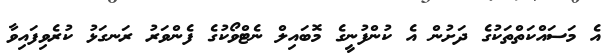
އެ މަސައްކަތްތަކުގެ ދަށުން އެ ކުންފުނީގެ މޮބައިލް ނެޓްވޯކުގެ ފެންވަރު ރަނގަޅު ކުރެވިފައިވާ